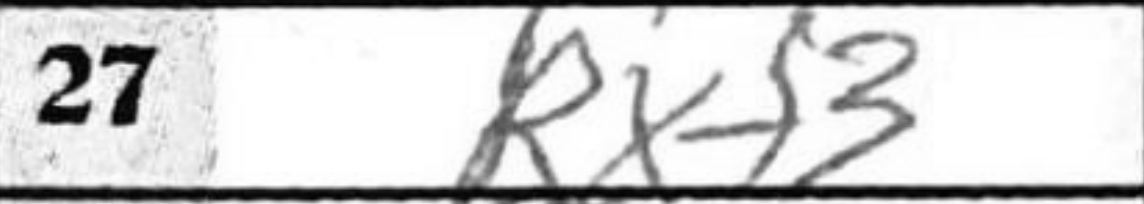
Transcription: Rxf3